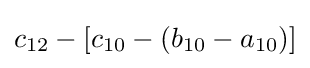
c_{12}-[c_{10}-(b_{10}-a_{10})]